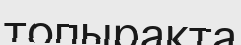
топырақта